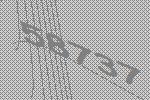
58737